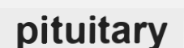
pituitary